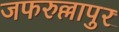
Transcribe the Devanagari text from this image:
जफरुल्लापुर